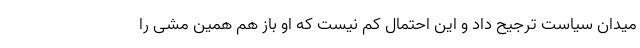
میدان سیاست ترجیح داد و این احتمال کم نیست که او باز هم همین مشی را